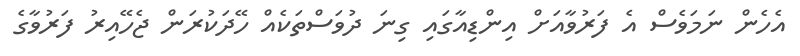
އެހެން ނަމަވެސް އެ ފަރުވާއަށް އިންޑިއާގައި ގިނަ ދުވަސްތަކެއް ހޭދަކުރަން ޖެހޭއިރު ފަރުވާގެ